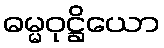
ဓမ္မဝုဋ္ဌိယော